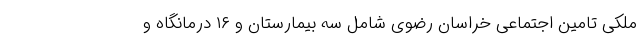
ملکی تامین اجتماعی خراسان رضوی شامل سه بیمارستان و ۱۶ درمانگاه و